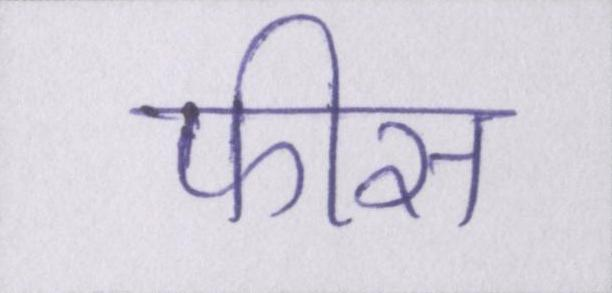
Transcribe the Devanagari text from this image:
फीस